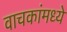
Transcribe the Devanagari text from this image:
वाचकांमध्ये